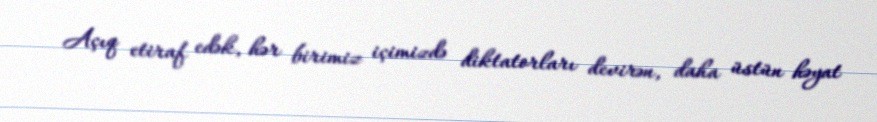
Açıq etiraf edək, hər birimiz içimizdə diktatorları devirən, daha üstün həyat